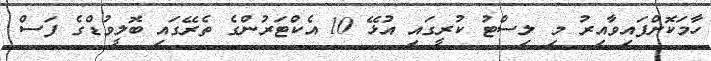
ހާމަކޮށްފައިވާއިރު މި ލިސްޓު ކުރީގައި އުޅޭ 10 އެކްޓަރުންގެ ތެރޭގައި ބޮލީވުޑްގެ ފަސް